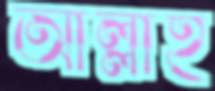
আল্লাই